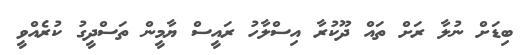
ބިޑަށް ނުލާ ރަށް ތައް ދޫކުރާ އިސްލާހު ރައީސް ޔާމީން ތަސްދީގު ކުރެއްވީ